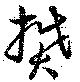
樊